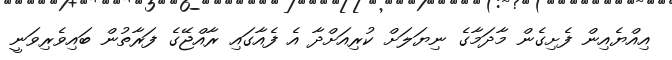
އިއްޔެއިން ފެށިގެން މާދަމާގެ ނިޔަލަށް ކުރިއަށްދާ އެ ފެއާގައި ރާއްޖޭގެ ފަރާތުން ބައިވެރިވަނީ